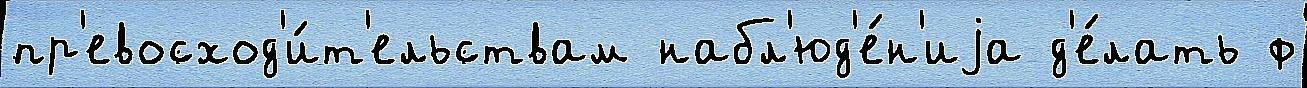
пр'евосход'и́т'ельствам набл'юд'е́н'иjа д'е́лать ф